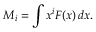
M _ { i } = \int x ^ { i } F ( x ) \, d x .